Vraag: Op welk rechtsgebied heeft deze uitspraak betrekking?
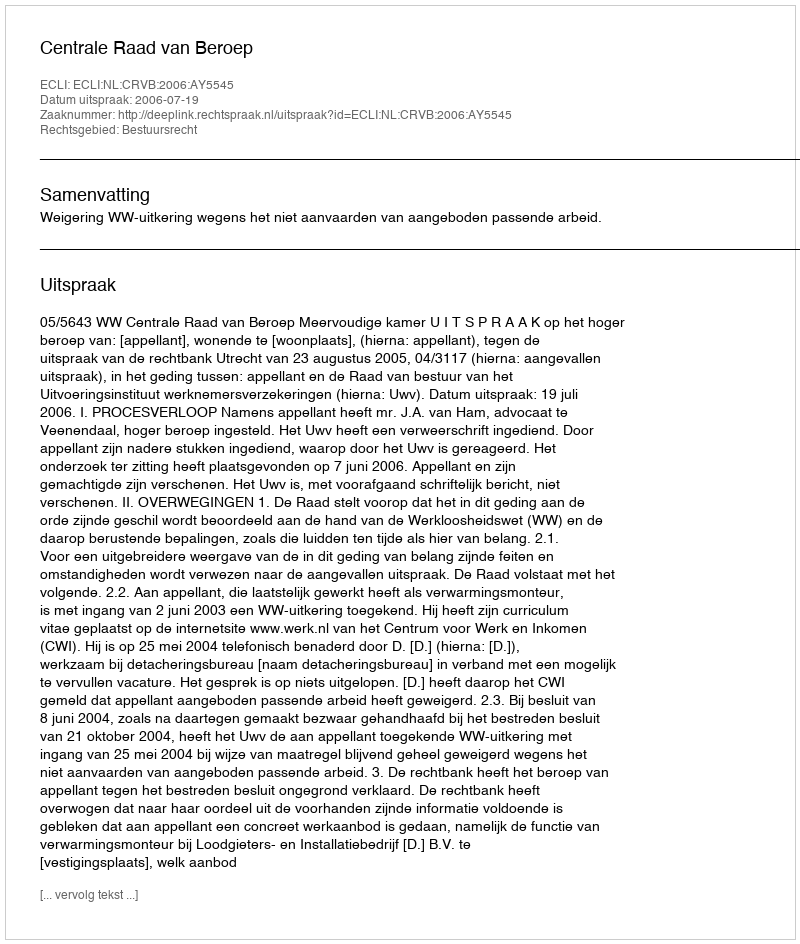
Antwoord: Bestuursrecht